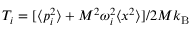
T _ { i } = [ \langle p _ { i } ^ { 2 } \rangle + M ^ { 2 } \omega _ { i } ^ { 2 } \langle x ^ { 2 } \rangle ] / 2 M k _ { \mathrm { B } }